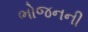
ભોજનની